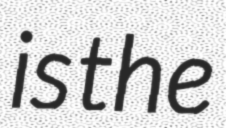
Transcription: is the